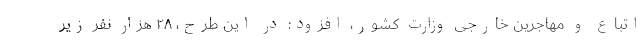
اتباع و مهاجرین خارجی وزارت کشور، افزود: در این طرح، ۲۸ هزار نفر زیر